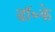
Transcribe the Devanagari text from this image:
डॉ॰के